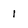
Character: 1